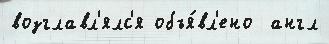
возглавл'ялс'я объя́вл'ено  англ